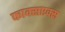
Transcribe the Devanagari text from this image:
फाक्सएक्स